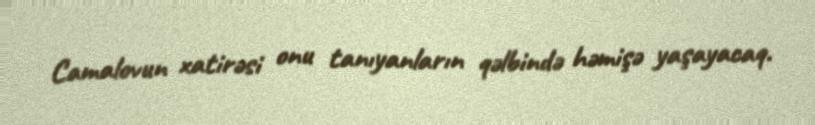
Camalovun xatirəsi onu tanıyanların qəlbində həmişə yaşayacaq.